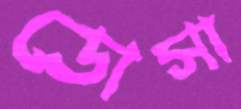
ডোসা